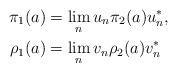
LaTeX: \begin{align*}\pi_1(a) & = \lim_n u_n \pi_2(a) u_n^*,\\\rho_1(a) & = \lim_n v_n \rho_2(a) v_n^*\end{align*}